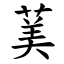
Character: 䓺